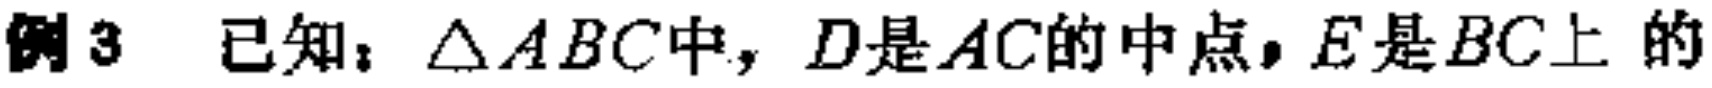
例3 已知：$\triangle ABC$中，$D$是$AC$的中点，$E$是$BC$上的